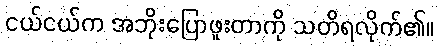
ငယ်ငယ်က အဘိုးပြောဖူးတာကို သတိရလိုက်၏။